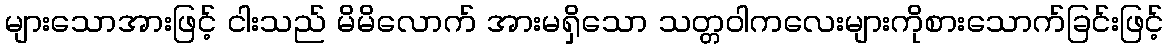
များသောအားဖြင့် ငါးသည် မိမိလောက် အားမရှိသော သတ္တဝါကလေးများကိုစားသောက်ခြင်းဖြင့်